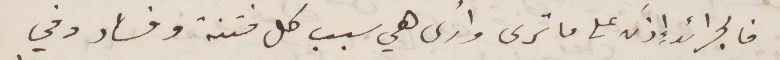
فالجرائد إذ على ما ترى وارى هي سبب كل فتنة وفساد وفي